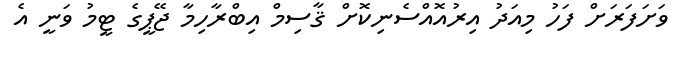
ވަށަފަރަށް ފަހު މިއަދު އިރުއޮއްސެނިކޮށް ޤާސިމް އިބްރާހިމާ ޖޭޕީގެ ޓީމު ވަނީ އެ